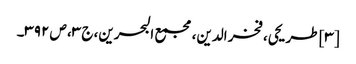
[۳] طریحی، فخر الدین، مجمع البحرین، ج ۳، ص ۳۹۲۔